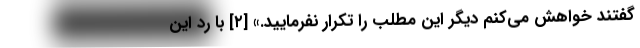
گفتند خواهش می‌کنم دیگر این مطلب را تکرار نفرمایید.» [۲] با رد این